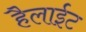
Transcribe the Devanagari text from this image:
हैलाईट